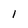
Character: 1